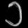
Digit: ၁